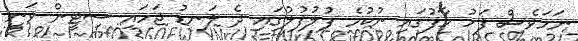
ނަމަވެސް ފަހު ހާފުގައި ނުކުމެ ފުލުފުލުގައި ދެ ލަނޑު ޖަހައި ސިޓީން ވަނީ